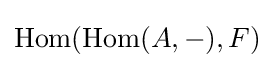
\mathrm {Hom} (\mathrm {Hom} (A,-),F)